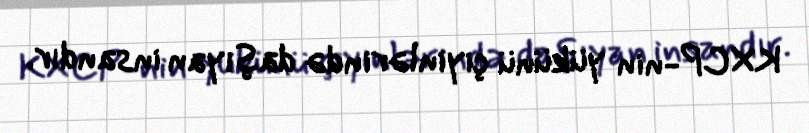
KXCP-nin yükünü çiyinlərində daşıyan insandır.